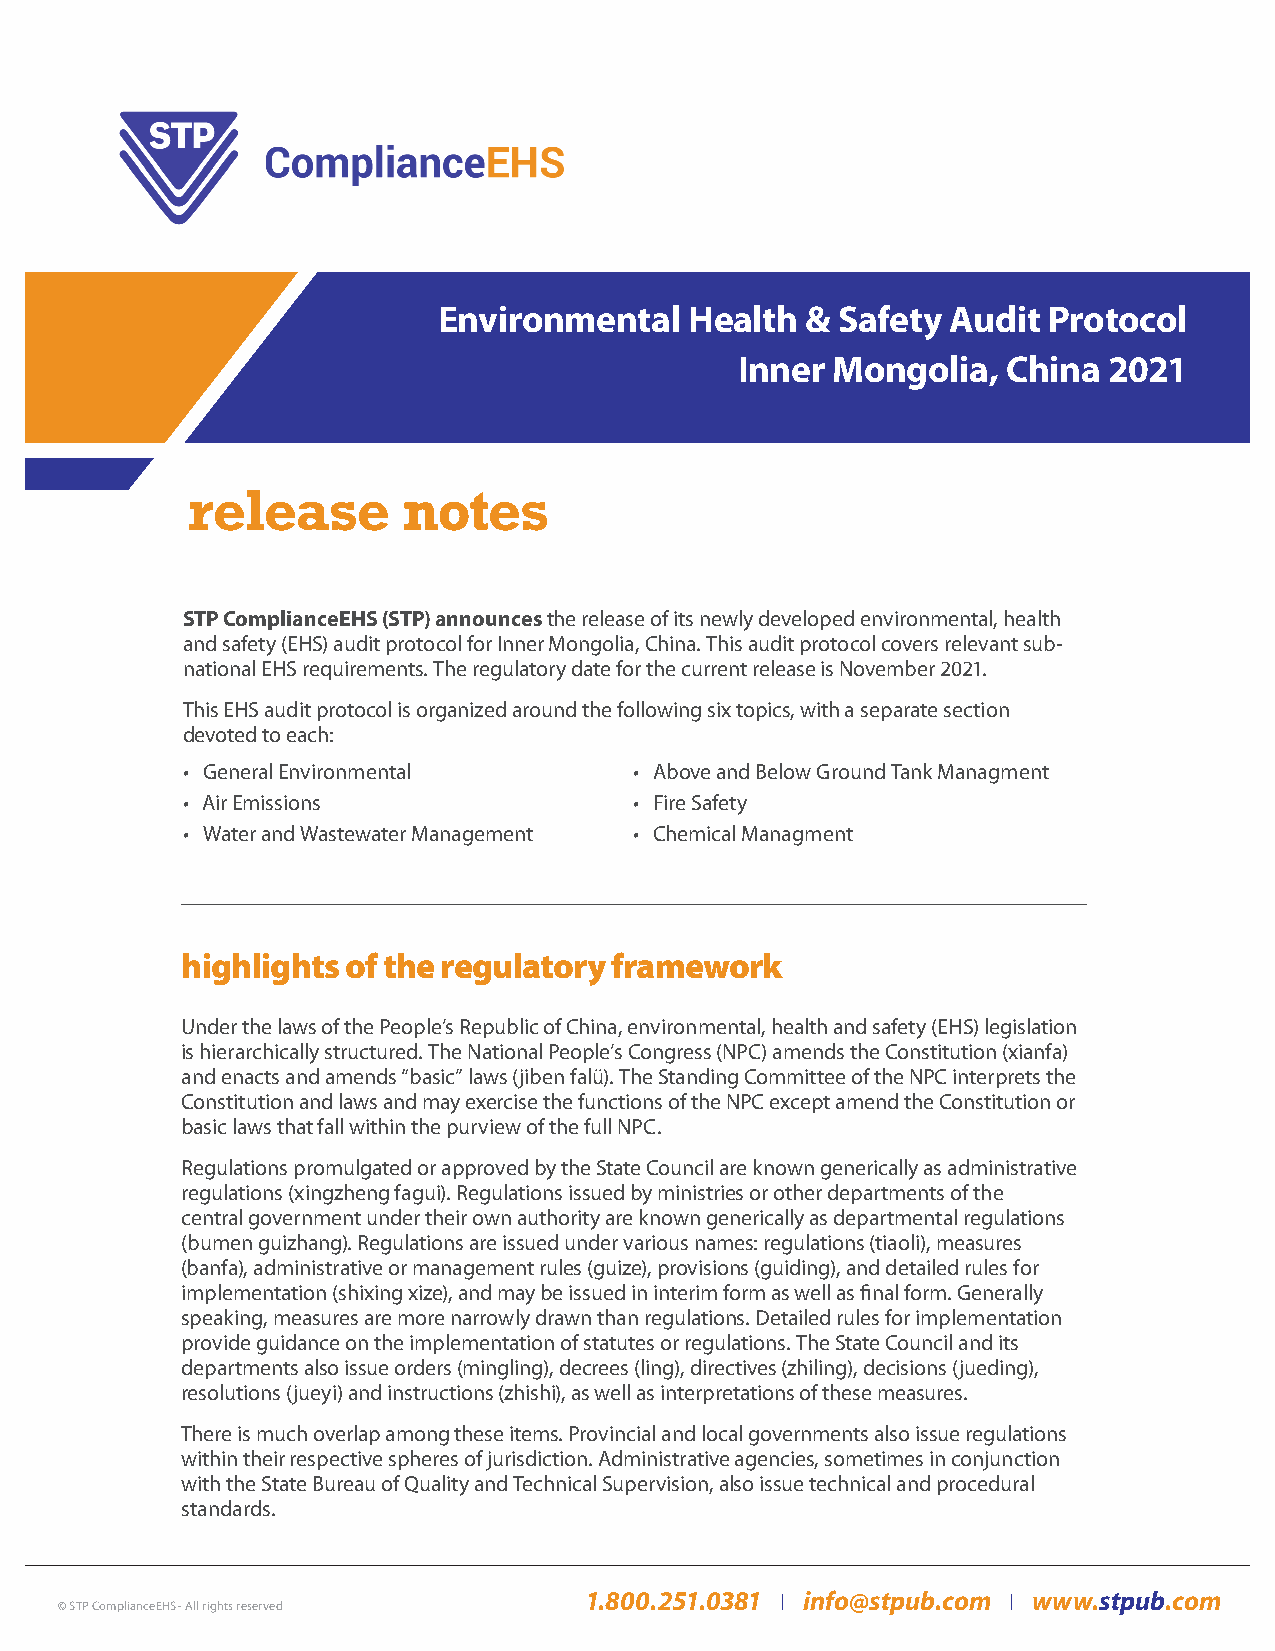
Environmental    Health & Safety  Audit Protocol
 Inner Mongolia,   China 2021
 STP ComplianceEHS (STP) announces the release of its newly developed environmental, health
 and safety (EHS) audit protocol for Inner Mongolia, China. This audit protocol covers relevant sub-
 national EHS requirements. The regulatory date for the current release is November 2021.
 This EHS audit protocol is organized around the following six topics, with a separate section
 devoted to each:
 • General Environmental       • Above and Below Ground Tank Managment
 • Air Emissions               • Fire Safety
 • Water and Wastewater Management • Chemical Managment
 highlights of the regulatory framework
 Under the laws of the People’s Republic of China, environmental, health and safety (EHS) legislation
 is hierarchically structured. The National People’s Congress (NPC) amends the Constitution (xianfa)
 and enacts and amends “basic” laws (jiben falü). The Standing Committee of the NPC interprets the
 Constitution and laws and may exercise the functions of the NPC except amend the Constitution or
 basic laws that fall within the purview of the full NPC.
 Regulations promulgated or approved by the State Council are known generically as administrative
 regulations (xingzheng fagui). Regulations issued by ministries or other departments of the
 central government under their own authority are known generically as departmental regulations
 (bumen guizhang). Regulations are issued under various names: regulations (tiaoli), measures
 (banfa), administrative or management rules (guize), provisions (guiding), and detailed rules for
 implementation (shixing xize), and may be issued in interim form as well as final form. Generally
 speaking, measures are more narrowly drawn than regulations. Detailed rules for implementation
 provide guidance on the implementation of statutes or regulations. The State Council and its
 departments also issue orders (mingling), decrees (ling), directives (zhiling), decisions (jueding),
 resolutions (jueyi) and instructions (zhishi), as well as interpretations of these measures.
 There is much overlap among these items. Provincial and local governments also issue regulations
 within their respective spheres of jurisdiction. Administrative agencies, sometimes in conjunction
 with the State Bureau of Quality and Technical Supervision, also issue technical and procedural
 standards.
 1.800.251.0381 info@stpub.com www.stpub.com
 © STP ComplianceEHS - All rights reserved